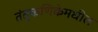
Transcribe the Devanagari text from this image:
तंतुकणिकेमधील